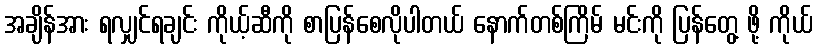
အချိန်အား ရလျှင်ရချင်း ကိုယ့်ဆီကို စာပြန်စေလိုပါတယ် နောက်တစ်ကြိမ် မင်းကို ပြန်တွေ့ ဖို့ ကိုယ်